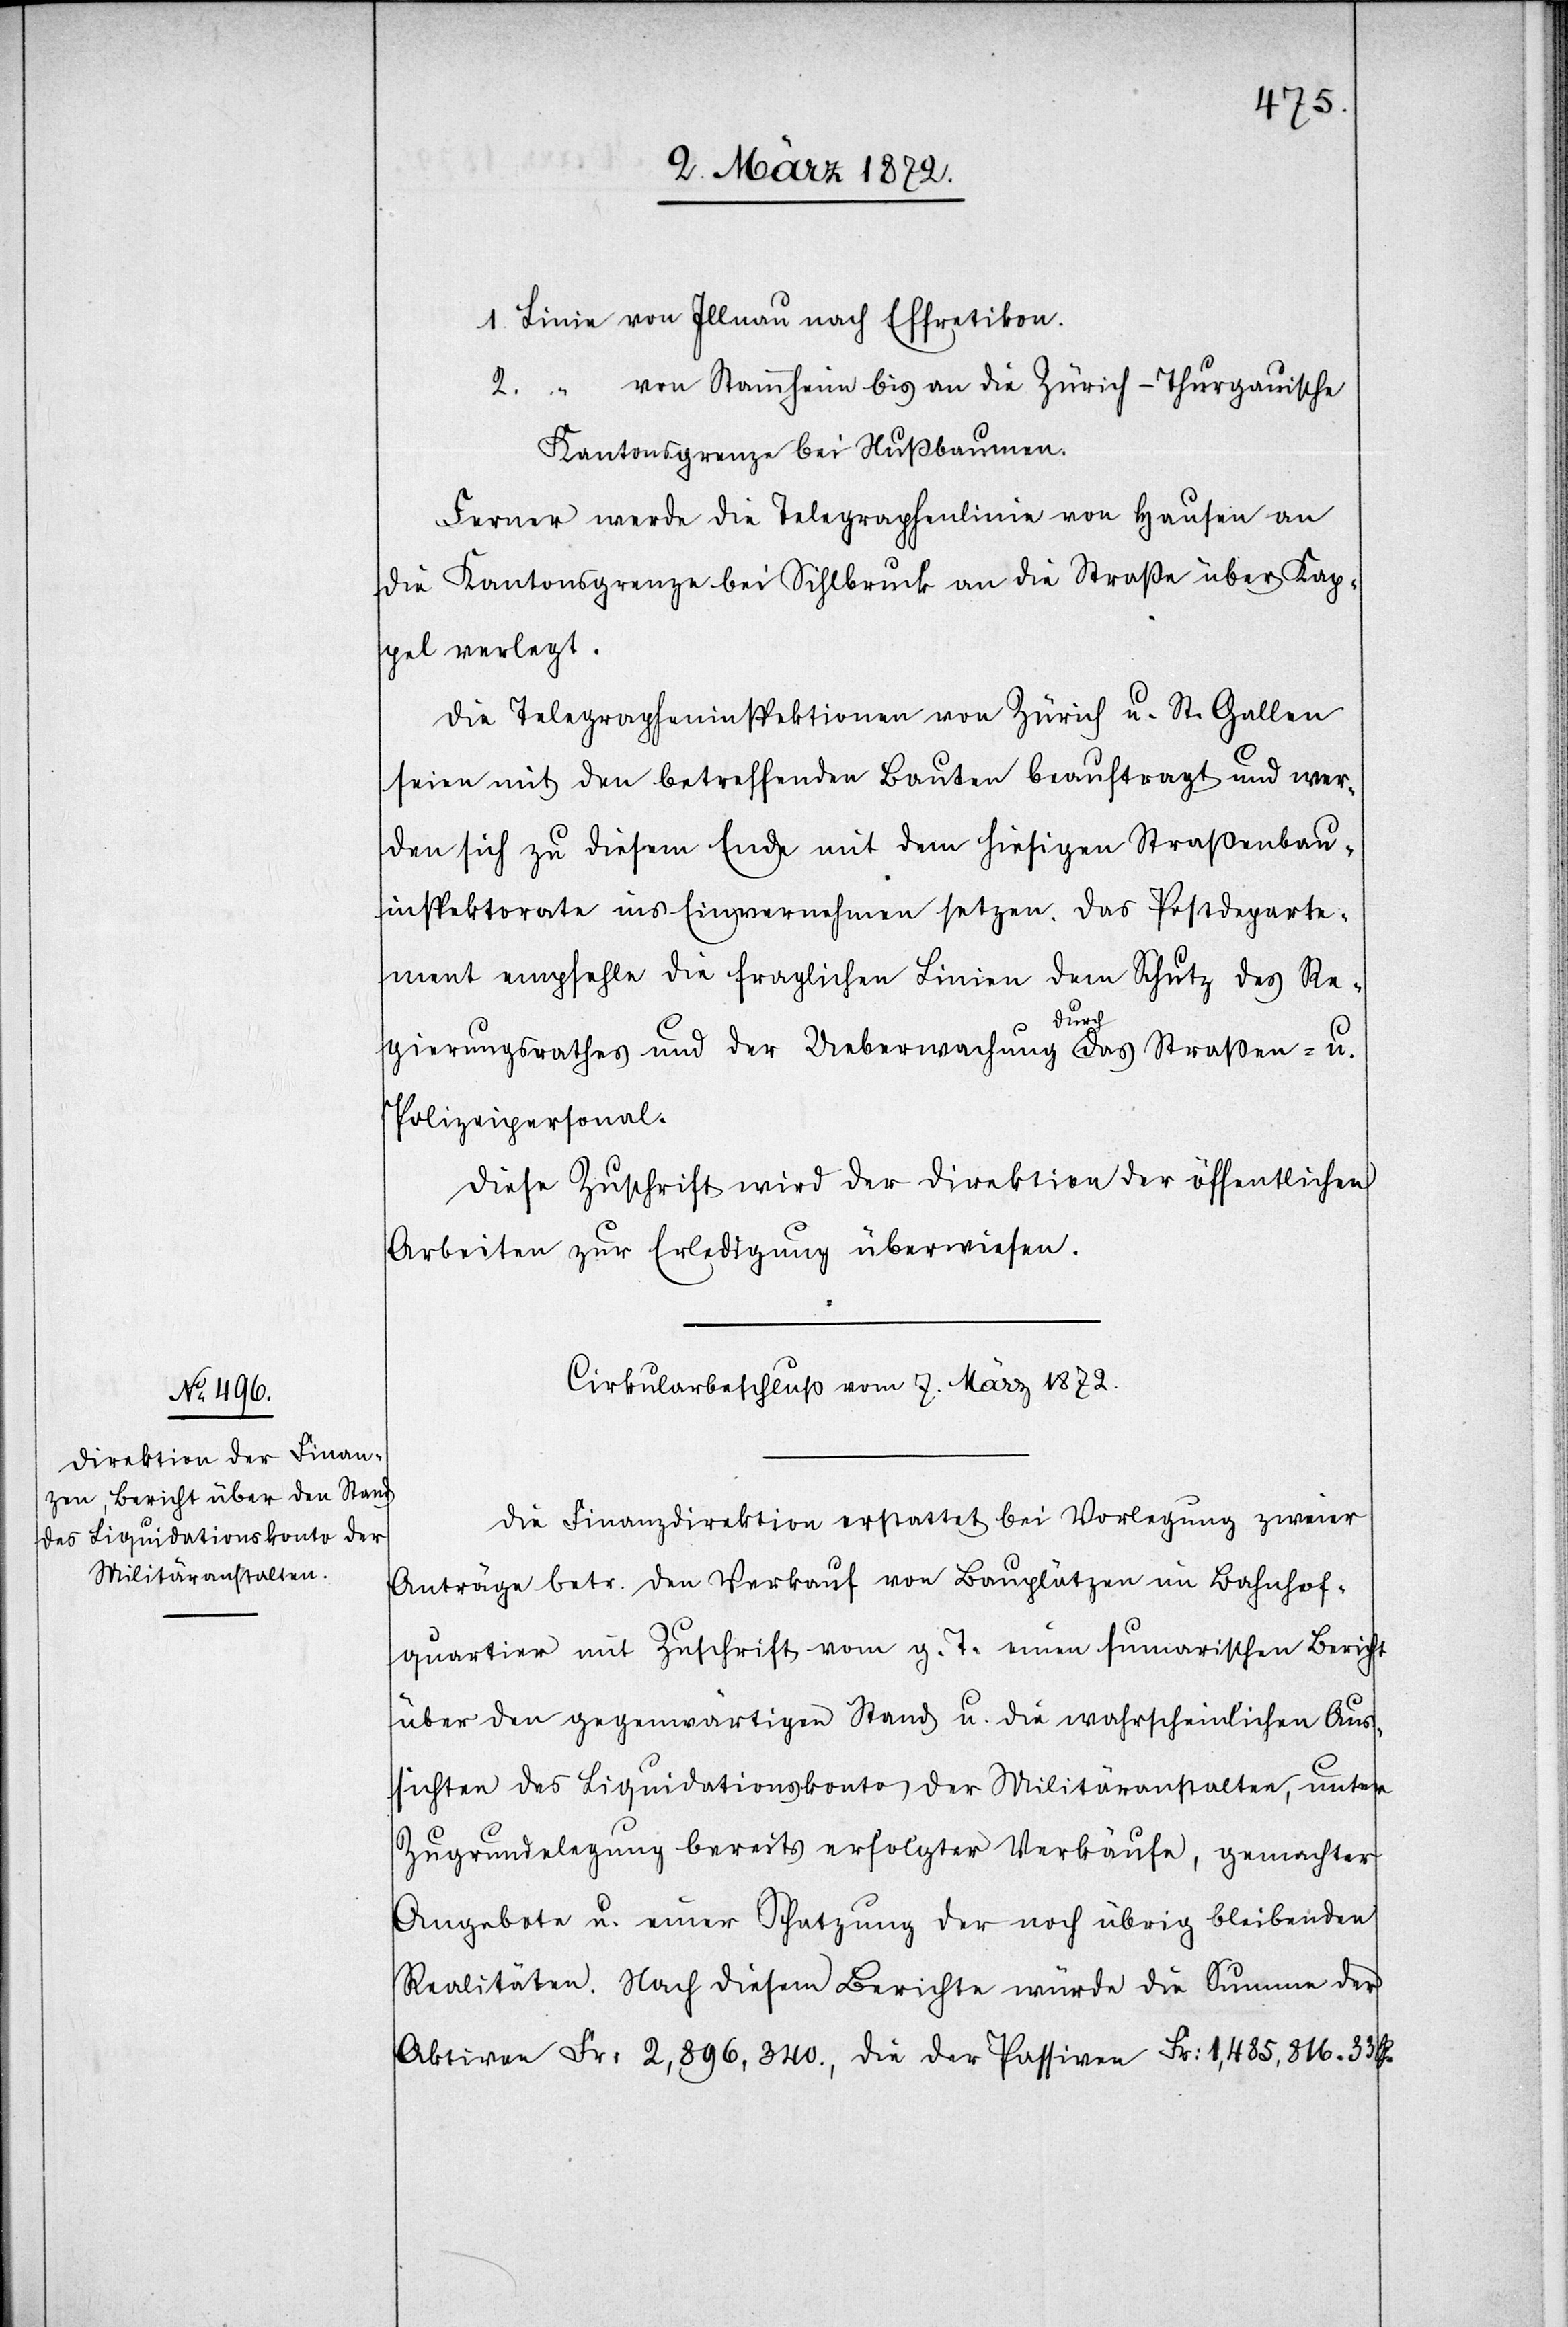
1. Linie von Illnau nach Effretikon.
2. “ von Stammheim bis an die Zürich-Thurgauische
Kantonsgrenze bei Nußbaumen.
Ferner werde die Telegraphenlinie von Hausen an
die Kantonsgrenze bei Sihlbruck an die Straße über Kap¬
pel verlegt.
Die Telegrapheninspektionen von Zürich u. St. Gallen
seien mit den betreffenden Bauten beauftragt und wer¬
den sich zu diesem Ende mit dem hiesigen Straßenbau¬
inspektorate ins Einvernehmen setzen. Das Postdeparte¬
ment empfehle die fraglichen Linien dem Schutz des Re¬
gierungsrathes und der Ueberwachung durch das Straßen- u.
Polizeipersonal.
Diese Zuschrift wird der Direktion der öffentlichen
Arbeiten zur Erledigung überwiesen.
Cirkularbeschluß vom 7. März 1872.
Die Finanzdirektion erstattet bei Vorlegung zweier
Anträge den Verkauf von Bauplätzen im Bahnhof¬
quartier mit Zuschrift vom g. T. einen sumarischen [sic!]
über den gegenwärtigen Stand u. die wahrscheinlichen Aus¬
sichten des Liquidationskonto der Militäranstalten, unter
Zugrundelegung bereits erfolgter Verkäufe, gemachter
Angebote u. einer Schatzung der noch übrig bleibenden
Realitäten. Nach diesem Berichte würde die Summe der
Aktiven Fr: 2,896,340., die der Passiven Fr: 1,485,816.33